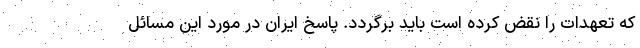
که تعهدات را نقض کرده است باید برگردد. پاسخ ایران در مورد این مسائل